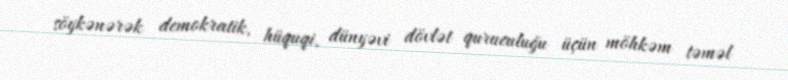
söykənərək demokratik, hüquqi, dünyəvi dövlət quruculuğu üçün möhkəm təməl